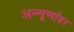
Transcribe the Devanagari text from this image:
अन्न्पूर्णावर